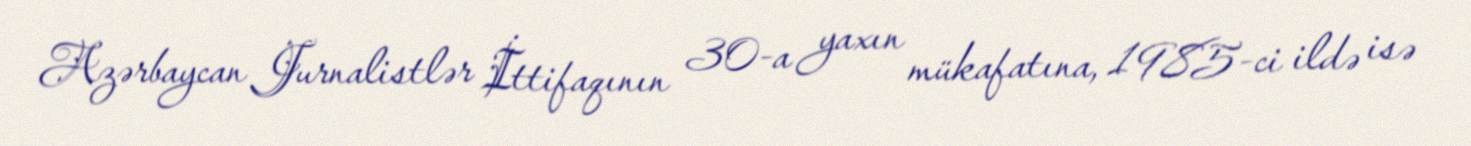
Azərbaycan Jurnalistlər İttifaqının 30-a yaxın mükafatına, 1985-ci ildə isə